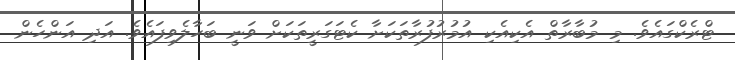
ޓްރެކްގައެވެ. މި މުބާރާތް އެކިއެކި އުމުރުފުރާތަކަށާ ކެޓަގަރީތަކަށް ވަނީ ބަހާލެވިފައެވެ. އަދި އަންހެން